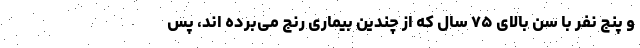
و پنج نفر با سن بالای ۷۵ سال که از چندین بیماری رنج می‌برده اند، پس